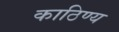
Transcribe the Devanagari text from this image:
काठिण्य